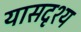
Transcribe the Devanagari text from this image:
यासदृश्य